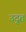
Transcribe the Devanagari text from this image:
उदृत